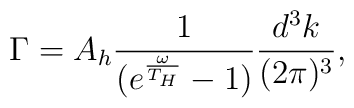
\Gamma = A_{h} \frac{1}{(e^{\frac{\omega}{T_{H}}} - 1)} \frac{d^3 k}{(2\pi)^3},